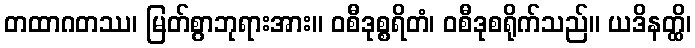
တထာဂတဿ၊ မြတ်စွာဘုရားအား။ ဝစီဒုစ္စရိတံ၊ ဝစီဒုစရိုက်သည်။ ယဒိနတ္ထိ၊